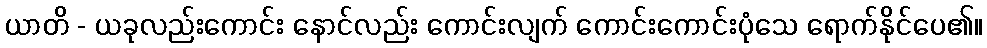
ယာတိ - ယခုလည်းကောင်း နောင်လည်း ကောင်းလျက် ကောင်းကောင်းပုံသေ ရောက်နိုင်ပေ၏။